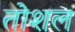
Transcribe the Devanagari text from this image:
तोशल